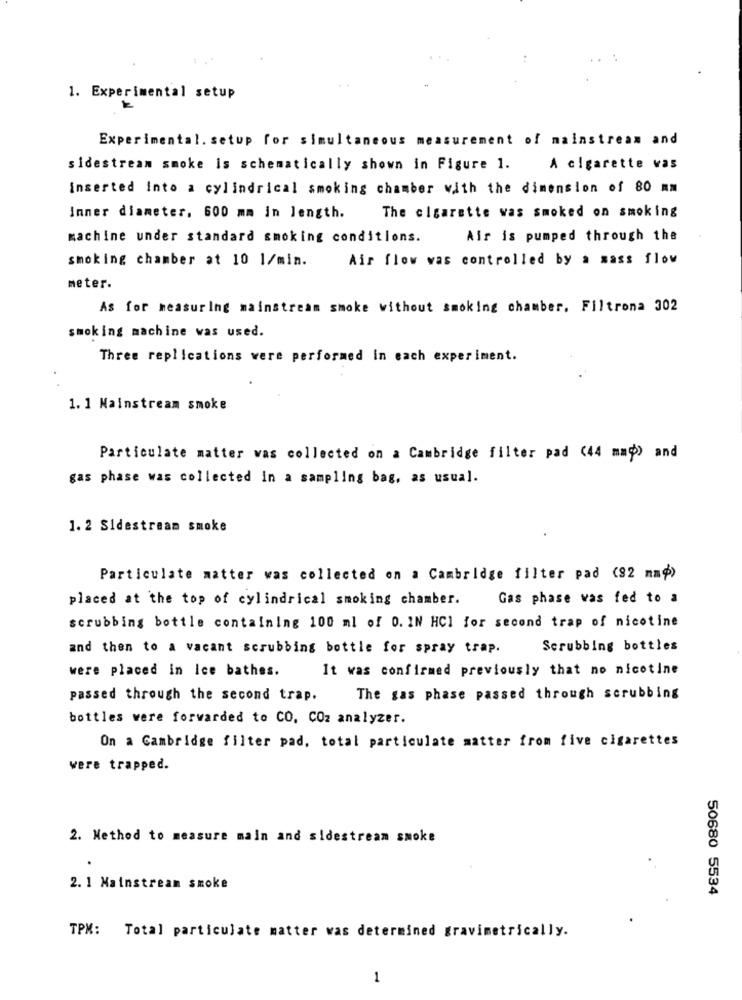
1. Experimental setup
Experimental. setup for simultaneous measurement of mainstream and
sidestream smoke is schematically shown in Figure 1.
A cigarette vas
Inserted into a cylindrical smoking chamber with the dimension of 80 mm
Inner diameter, 600 mm in length.
The cigarette was smoked on smoking
machine under standard smoking conditions.
Air is pumped through the
smoking chamber at 10 1/min.
Air flow was controlled by a mass flow
meter.
As for measuring mainstream smoke without smoking chamber. Filtrona 302
smoking machine was used.
Three replIcations were performed in each experiment.
1. 1 Mainstream smoke
Particulate matter was collected on a Cambridge filter pad (44 mm) and
gas phase was collected in a sampling bag, as usual.
1. 2 Sidestream smoke
Particulate matter was collected on a Cambridge filter pad (92 mm₱)
placed at the top of cylindrical smoking chamber.
Gas phase was fed to a
scrubbing bottle containing 100 ml of 0. IN HCI for second trap of nicotine
and then to a vacant scrubbing bottle for spray trap.
Scrubbing bottles
were placed in Ice bathes.
It was confirmed previously that no nicotine
passed through the second trap.
The gas phase passed through scrubbing
bottles were forwarded to CO. COz analyzer.
On a Cambridge filter pad. total particulate matter from five cigarettes
were trapped.
2. Method to measure main and sidestream smoke
2. 1 Mainstream smoke
50680 5534
TPM: Total particulate matter was determined gravimetrically.
1